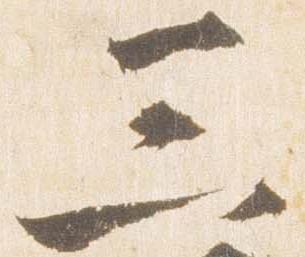
三